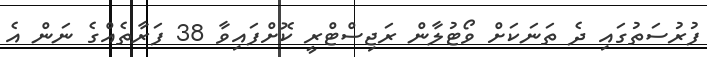
ފުރުސަތުގައި ދެ ތަނަކަށް ވޯޓުލާން ރަޖިސްޓްރީ ކޮށްފައިވާ 38 ފަރާތެއްގެ ނަން އެ